Report on lock hospitals in British Burma
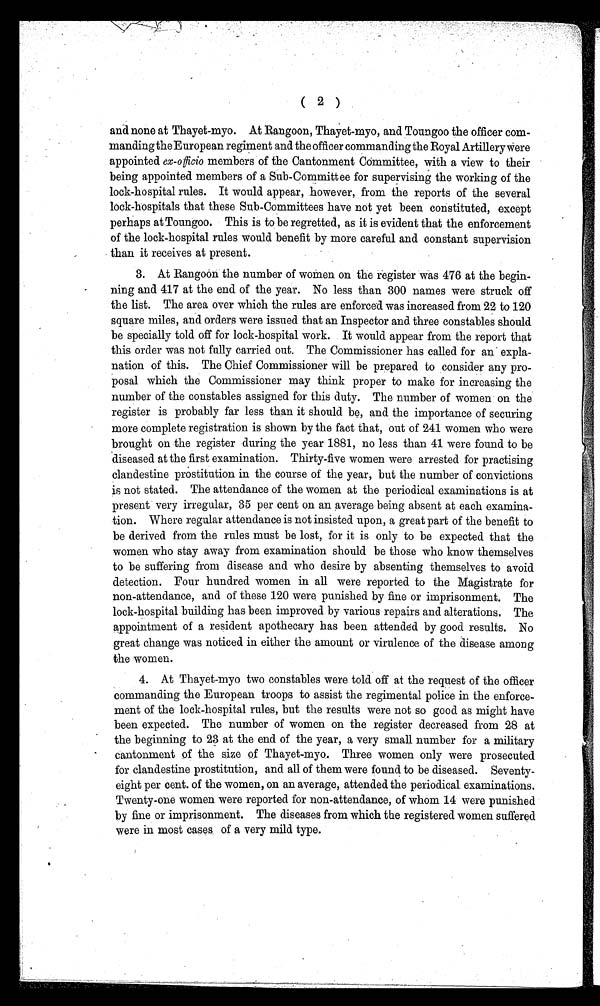
( 2 )
and none at Thayet-myo. At Rangoon, Thayet-myo, and Toungoo the officer com-
manding the European regiment and the officer commanding the Royal Artillery were
appointed ex-officio members of the Cantonment Committee, with a view to their
being appointed members of a Sub-Committee for supervising the working of the
lock-hospital rules. It would appear, however, from the reports of the several
lock-hospitals that these Sub-Committees have not yet been constituted, except
perhaps at Toungoo. This is to be regretted, as it is evident that the enforcement
of the lock-hospital rules would benefit by more careful and constant supervision
than it receives at present.
3. At Rangoon the number of women on the register was 476 at the begin-
ning and 417 at the end of the year. No less than 300 names were struck off
the list. The area over which the rules are enforced was increased from 22 to 120
square miles, and orders were issued that an Inspector and three constables should
be specially told off for lock-hospital work. It would appear from the report that
this order was not fully carried out. The Commissioner has called for an expla-
nation of this. The Chief Commissioner will be prepared to consider any pro-
posal which the Commissioner may think proper to make for increasing the
number of the constables assigned for this duty. The number of women on the
register is probably far less than it should be, and the importance of securing
more complete registration is shown by the fact that, out of 241 women who were
brought on the register during the year 1881, no less than 41 were found to be
diseased at the first examination. Thirty-five women were arrested for practising
clandestine prostitution in the course of the year, but the number of convictions
is not stated. The attendance of the women at the periodical examinations is at
present very irregular, 35 per cent on an average being absent at each examina-
tion. Where regular attendance is not insisted upon, a great part of the benefit to
be derived from the rules must be lost, for it is only to be expected that the
women who stay away from examination should be those who know themselves
to be suffering from disease and who desire by absenting themselves to avoid
detection. Four hundred women in all were reported to the Magistrate for
non-attendance, and of these 120 were punished by fine or imprisonment. The
lock-hospital building has been improved by various repairs and alterations. The
appointment of a resident apothecary has been attended by good results. No
great change was noticed in either the amount or virulence of the disease among
the women.
4. At Thayet-myo two constables were told off at the request of the officer
commanding the European troops to assist the regimental police in the enforce-
ment of the lock-hospital rules, but the results were not so good as might have
been expected. The number of women on the register decreased from 28 at
the beginning to 23 at the end of the year, a very small number for a military
cantonment of the size of Thayet-myo. Three women only were prosecuted
for clandestine prostitution, and all of them were found to be diseased. Seventy-
eight per cent. of the women, on an average, attended the periodical examinations.
Twenty-one women were reported for non-attendance, of whom 14 were punished
by fine or imprisonment. The diseases from which the registered women suffered
were in most cases of a very mild type.